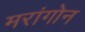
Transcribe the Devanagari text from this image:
मरांगोन